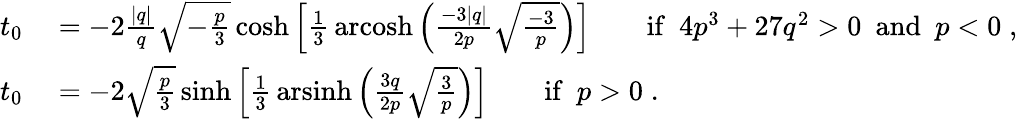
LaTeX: \begin{array}{rl}{t_{0}}&{{}=-2{\frac{|q|}{q}}{\sqrt{-{\frac{p}{3}}}}\cosh\left[{\frac{1}{3}}\operatorname{arcosh}\left({\frac{-3|q|}{2p}}{\sqrt{\frac{-3}{p}}}\right)\right]\qquad{\mathrm{if~}}~4p^{3}+27q^{2}>0~{\mathrm{~and~}}~p<0\; ,}\\ {t_{0}}&{{}=-2{\sqrt{\frac{p}{3}}}\sinh\left[{\frac{1}{3}}\operatorname{arsinh}\left({\frac{3q}{2p}}{\sqrt{\frac{3}{p}}}\right)\right]\qquad{\mathrm{if~}}~p>0\; .}\end{array}